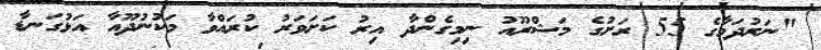
"ނަރުދަމާގެ 55 ރަށުގެ މަޝްރޫއު ނިމިގެންދާ އިރު ކަށަވަރު ކުރައްވާ މަކުނުދޫއާ އަޅުގަނޑާ